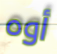
أوه